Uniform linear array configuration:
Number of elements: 64
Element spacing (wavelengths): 1
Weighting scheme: kaiser
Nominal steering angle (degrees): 15
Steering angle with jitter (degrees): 14.042
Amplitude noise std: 0.05
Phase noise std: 0.05

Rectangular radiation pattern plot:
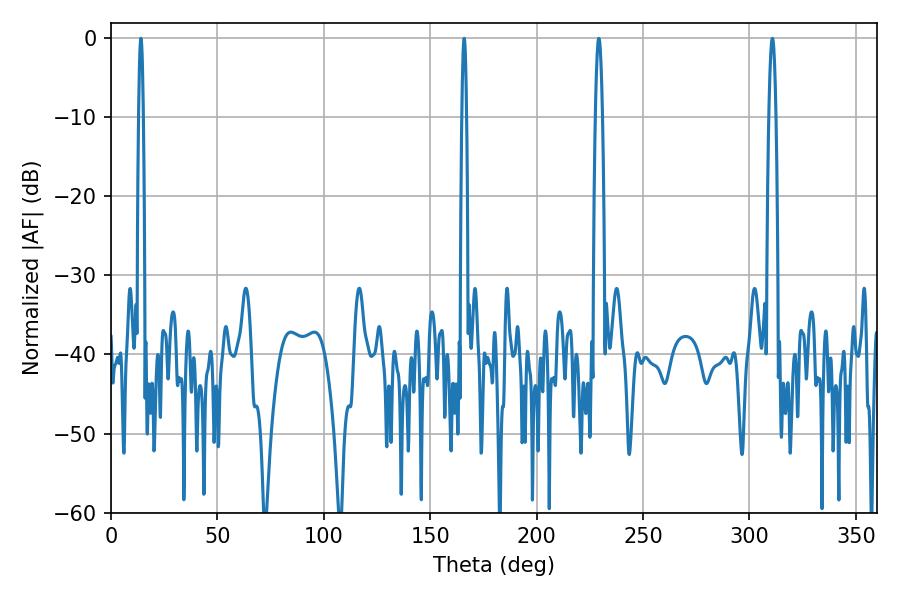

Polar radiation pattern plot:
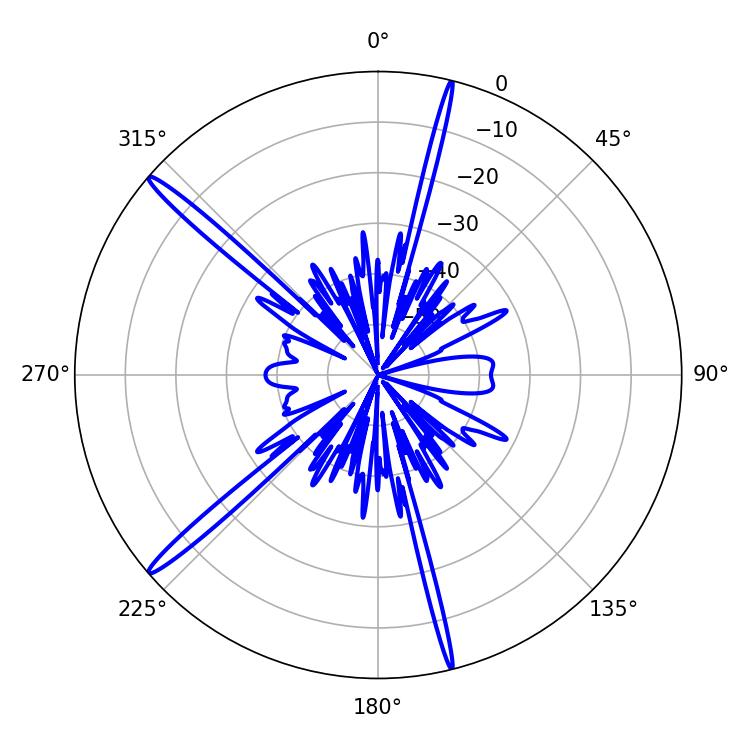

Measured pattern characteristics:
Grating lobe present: TRUE
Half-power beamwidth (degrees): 1.08
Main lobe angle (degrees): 14.04